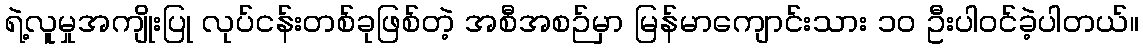
ရဲ့လူမှုအကျိုးပြု လုပ်ငန်းတစ်ခုဖြစ်တဲ့ အစီအစဉ်မှာ မြန်မာကျောင်းသား ၁၀ ဦးပါဝင်ခဲ့ပါတယ်။